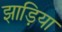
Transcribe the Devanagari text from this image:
झाड़िया